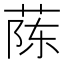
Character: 𫈟